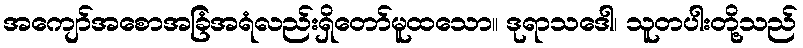
အကျော်အစောအခြံအရံလည်းရှိတော်မူထသော။ ဒုရာသဒေါ၊ သူတပါးတို့သည်